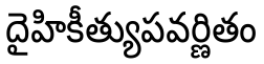
దైహికీత్యుపవర్ణితం